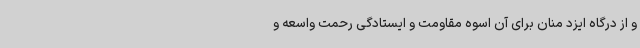
و از درگاه ایزد منان برای آن اسوه مقاومت و ایستادگی رحمت واسعه و